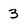
Character: 3